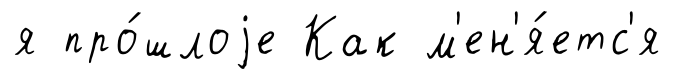
я про́шлоjе Как м'ен'я́етс'я